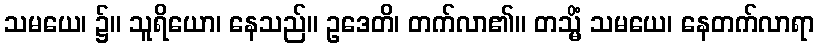
သမယေ၊ ၌။ သူရိယော၊ နေသည်။ ဥဒေတိ၊ တက်လာ၏။ တသ္မိံ သမယေ၊ နေတက်လာရာ